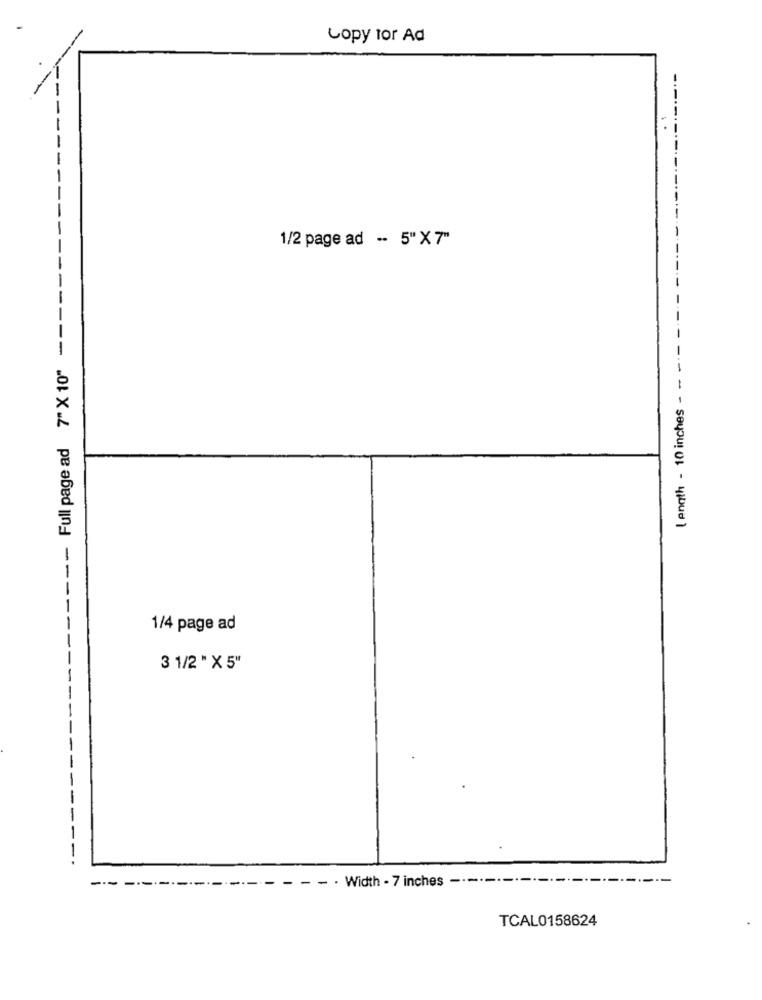
Copy tor Ad
----------
1/2 page ad - 5"X7"
[ ength - 10 inches - - -
Full page ad 7" X 10"
---
-
1/4 page ad
3 1/2 " X 5"
-
-
-
. Width . 7 inches
TCAL0158624